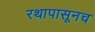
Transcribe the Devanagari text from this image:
रथापासूनच